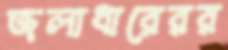
জলাধারেরর